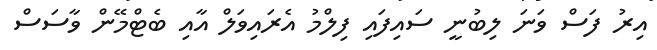
އިރު ފަސް ވަނަ ލިބުނީ ސައިފައި ފިލްމު އެރައިވަލް އާއި ބެޓްމޭން ވާސަސް